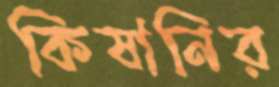
কিষানির